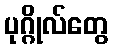
ပုဂ္ဂိုလ်တွေ